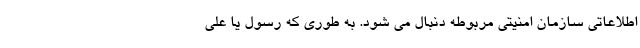
اطلاعاتی سازمان امنیتی مربوطه دنبال می شود. به طوری که رسول یا علی